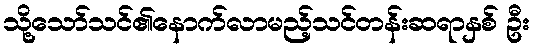
သို့သော်သင်၏နောက်လာမည့်သင်တန်းဆရာနှစ် ဦး